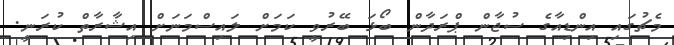
މެޗުގައި އިންޑިއާގެ ސުޖާން ޕްރަދާން ބޯޅަ ބޭރުވީ ކަމަށް ލައިސްމަނަށް އިޝާރާތް ކުރަނީ.